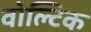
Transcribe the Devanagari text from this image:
वोल्टिक